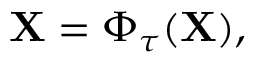
\mathbf { X } = \Phi _ { \tau } ( \mathbf { X } ) ,